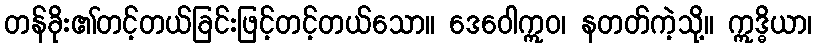
တန်ခိုး၏တင့်တယ်ခြင်းဖြင့်တင့်တယ်သော။ ဒေဝေါဣဝ၊ နတတ်ကဲ့သို့။ ဣဒ္ဓိယာ၊